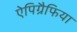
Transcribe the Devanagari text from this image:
ऐपिग्रैफिया